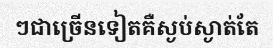
ៗជាច្រើនទៀតគឺស្ងប់ស្ងាត់តែ